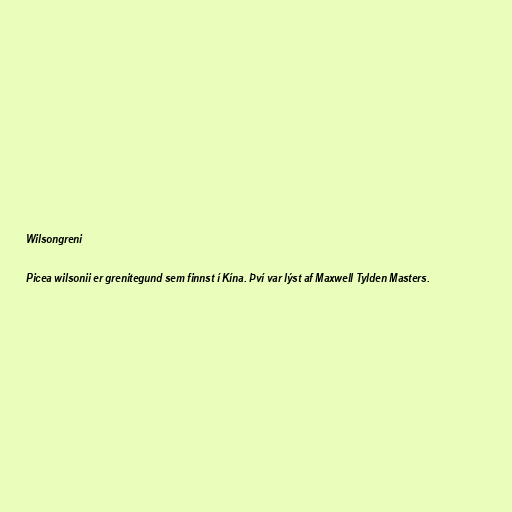
Wilsongreni

Picea wilsonii er grenitegund sem finnst í Kína. Því var lýst af Maxwell Tylden Masters.